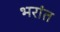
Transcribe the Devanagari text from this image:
भरांत